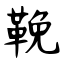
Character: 鞔